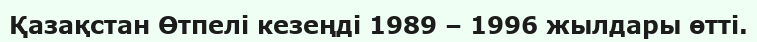
Қазақстан Өтпелі кезеңді 1989 – 1996 жылдары өтті.